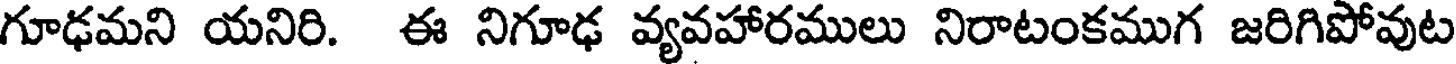
గూఢమని యనిరి. ఈ నిగూఢ వ్యవహారములు నిరాటంకముగ జరిగిపోవుట